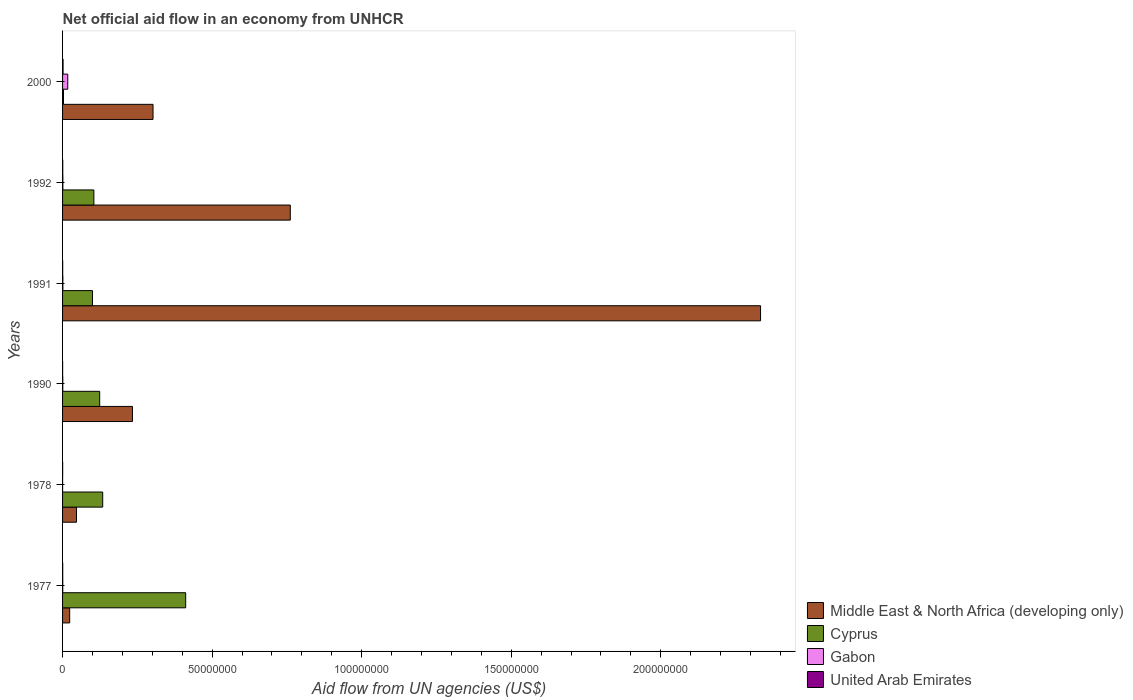
| Years | Middle East & North Africa (developing only) | Cyprus | Gabon | United Arab Emirates |
 | --- | --- | --- | --- | --- |
 | 1977 | 2.38e+06 | 4.12e+07 | 6e+04 | 5e+04 |
 | 1978 | 4.66e+06 | 1.34e+07 | 1e+04 | 3e+04 |
 | 1990 | 2.34e+07 | 1.24e+07 | 7e+04 | 2e+04 |
 | 1991 | 2.33e+08 | 1e+07 | 1e+05 | 4e+04 |
 | 1992 | 7.61e+07 | 1.05e+07 | 1e+05 | 6e+04 |
 | 2000 | 3.02e+07 | 3.1e+05 | 1.74e+06 | 1.7e+05 |